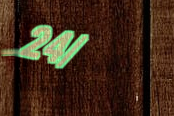
24/7